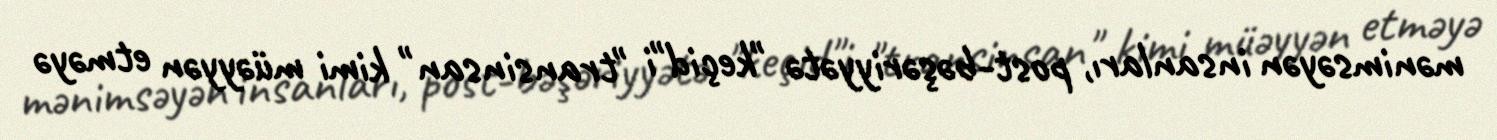
mənimsəyən insanları, post-bəşəriyyətə "keçid"i "transinsan" kimi müəyyən etməyə